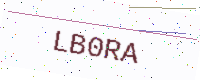
Text: LB0RA